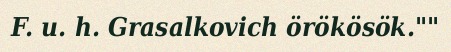
F. u. h. Grasalkovich örökösök.""